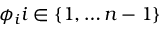
\phi _ { i } i \in \{ 1 , \ldots n - 1 \}